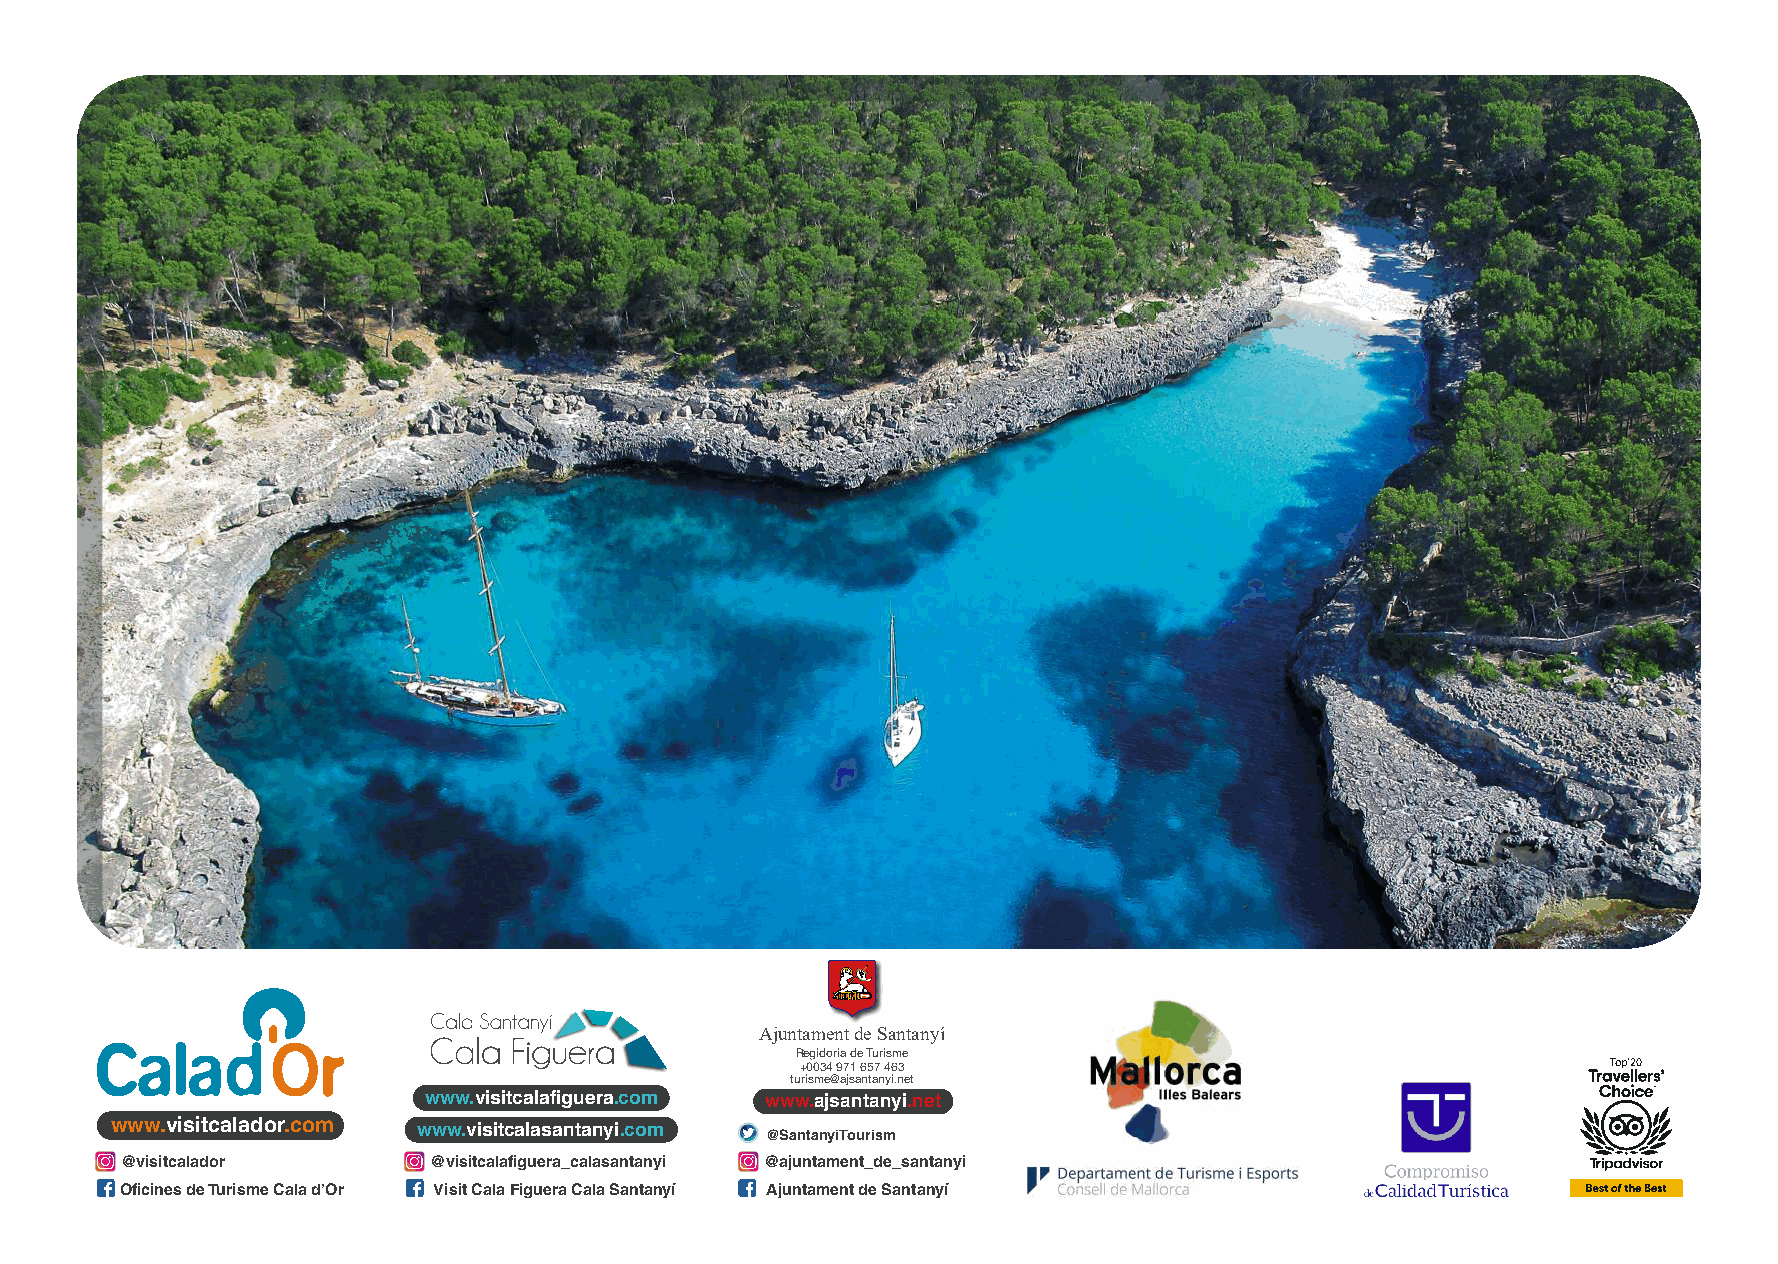
Ajuntament de Santanyí
 Regidoria de Turisme
 +0034 971 657 463                                     Top’20
 turisme@ajsantanyi.net
 www.visitcalafiguera.com www.ajsantanyi.net
 www.visitcalador.com www.visitcalasantanyi.com
 @SantanyiTourism
 @visitcalador       @visitcalafiguera_calasantanyi @ajuntament_de_santanyi
 Oficines de Turisme Cala d’Or Visit Cala Figuera Cala Santanyí Ajuntament de Santanyí